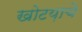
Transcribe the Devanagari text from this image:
खोटय़ाचे